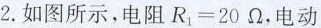
2.如图所示，电阻R1=20Ω，电动